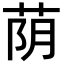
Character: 荫